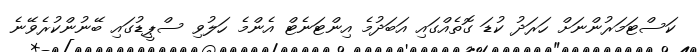
ކަސްޓަމަރުންނަށް ހަރަދު ކުޑަ ގޮތެއްގައި އަބަދުމެ އިންޓަނެޓް އެންމެ ހަލުވި ސްޕީޑުގައި ބޭނުންކުރެވޭނެ